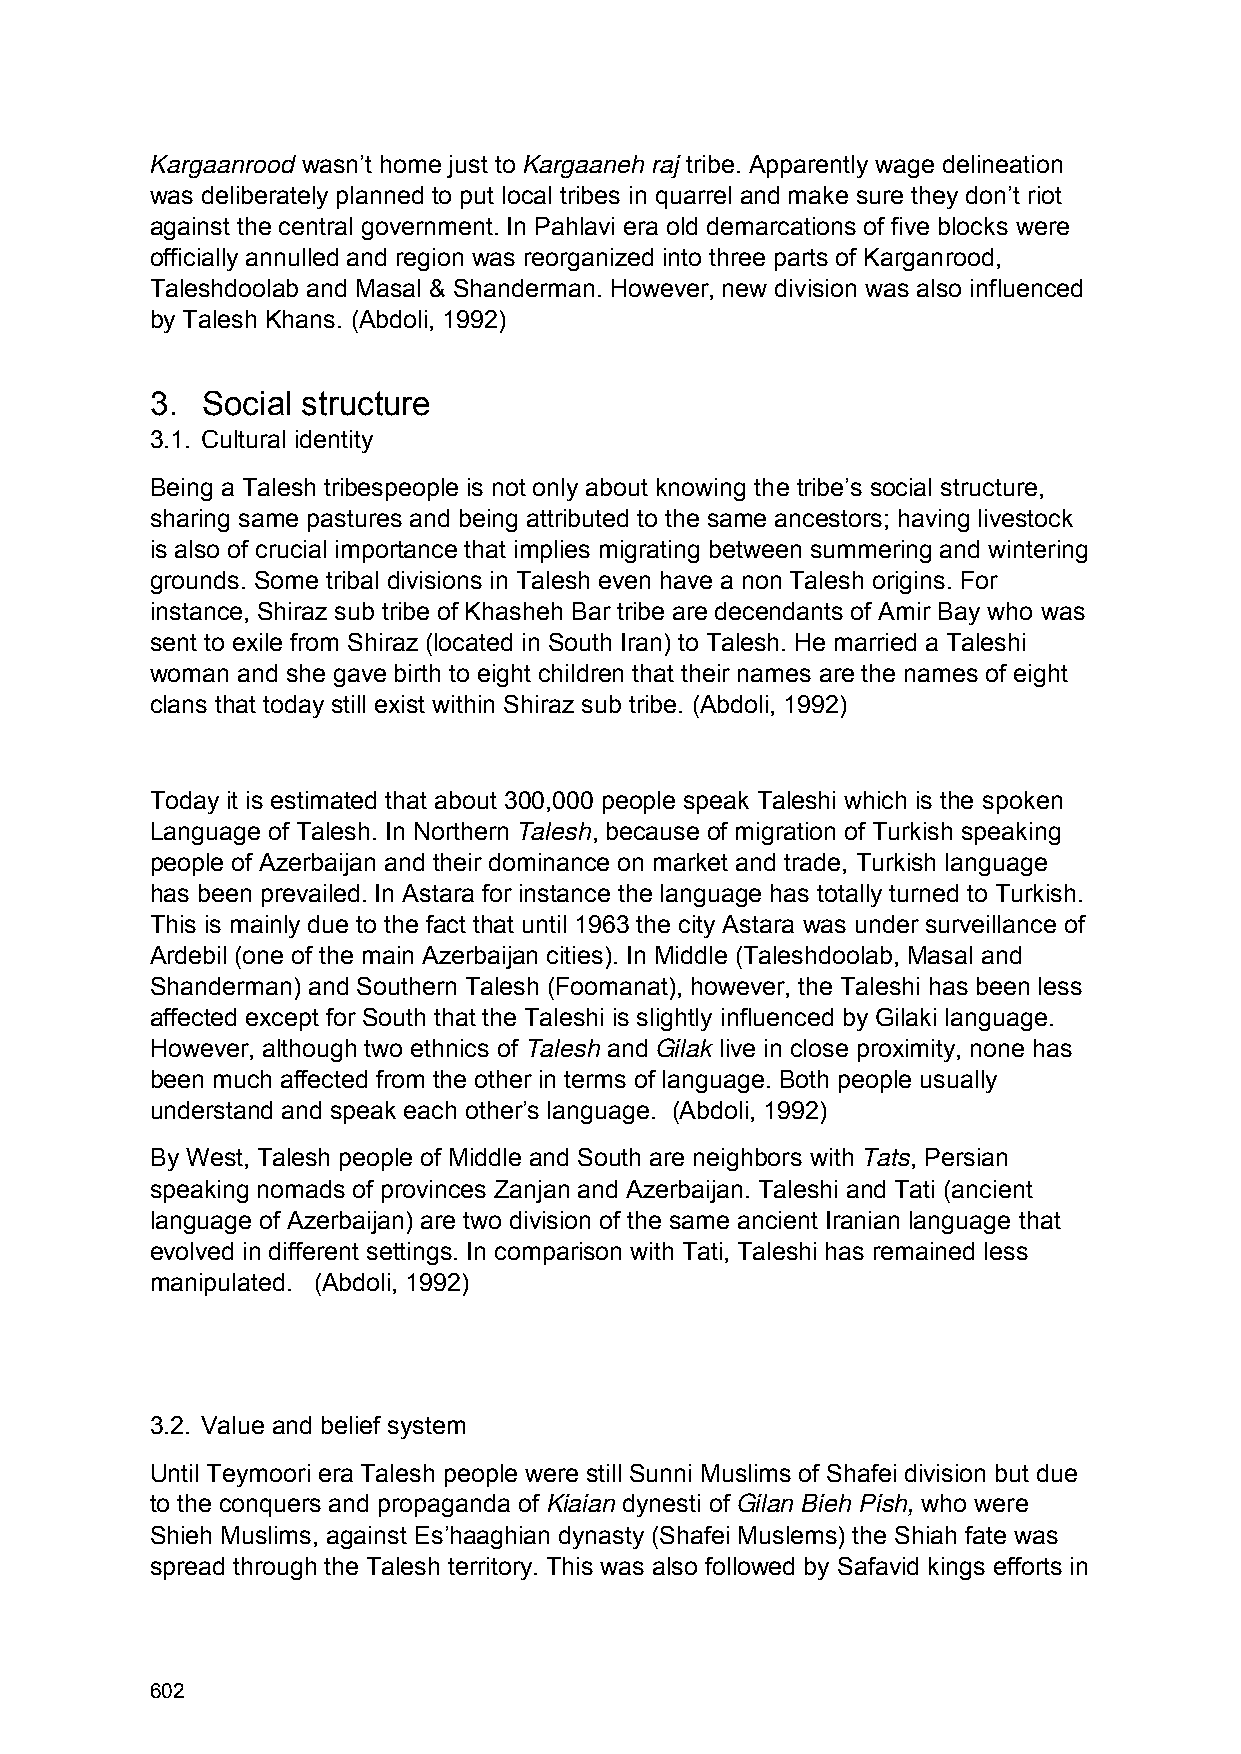
Kargaanrood wasn’t home just to Kargaaneh raj tribe. Apparently wage delineation
 was deliberately planned to put local tribes in quarrel and make sure they don’t riot
 against the central government. In Pahlavi era old demarcations of five blocks were
 officially annulled and region was reorganized into three parts of Karganrood,
 Taleshdoolab and Masal & Shanderman. However, new division was also influenced
 by Talesh Khans. (Abdoli, 1992)
 3. Social structure
 3.1. Cultural identity
 Being a Talesh tribespeople is not only about knowing the tribe’s social structure,
 sharing same pastures and being attributed to the same ancestors; having livestock
 is also of crucial importance that implies migrating between summering and wintering
 grounds. Some tribal divisions in Talesh even have a non Talesh origins. For
 instance, Shiraz sub tribe of Khasheh Bar tribe are decendants of Amir Bay who was
 sent to exile from Shiraz (located in South Iran) to Talesh. He married a Taleshi
 woman and she gave birth to eight children that their names are the names of eight
 clans that today still exist within Shiraz sub tribe. (Abdoli, 1992)
 Today it is estimated that about 300,000 people speak Taleshi which is the spoken
 Language of Talesh. In Northern Talesh, because of migration of Turkish speaking
 people of Azerbaijan and their dominance on market and trade, Turkish language
 has been prevailed. In Astara for instance the language has totally turned to Turkish.
 This is mainly due to the fact that until 1963 the city Astara was under surveillance of
 Ardebil (one of the main Azerbaijan cities). In Middle (Taleshdoolab, Masal and
 Shanderman) and Southern Talesh (Foomanat), however, the Taleshi has been less
 affected except for South that the Taleshi is slightly influenced by Gilaki language.
 However, although two ethnics of Talesh and Gilak live in close proximity, none has
 been much affected from the other in terms of language. Both people usually
 understand and speak each other’s language. (Abdoli, 1992)
 By West, Talesh people of Middle and South are neighbors with Tats, Persian
 speaking nomads of provinces Zanjan and Azerbaijan. Taleshi and Tati (ancient
 language of Azerbaijan) are two division of the same ancient Iranian language that
 evolved in different settings. In comparison with Tati, Taleshi has remained less
 manipulated. (Abdoli, 1992)
 3.2. Value and belief system
 Until Teymoori era Talesh people were still Sunni Muslims of Shafei division but due
 to the conquers and propaganda of Kiaian dynesti of Gilan Bieh Pish, who were
 Shieh Muslims, against Es’haaghian dynasty (Shafei Muslems) the Shiah fate was
 spread through the Talesh territory. This was also followed by Safavid kings efforts in
 602